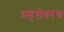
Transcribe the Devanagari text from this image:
महत्तेवरच